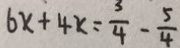
6 x + 4 x = \frac { 3 } { 4 } - \frac { 5 } { 4 }